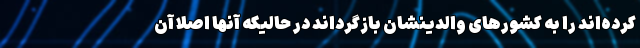
کرده‌اند را به کشورهای والدینشان بازگرداند در حالیکه آنها اصلا آن